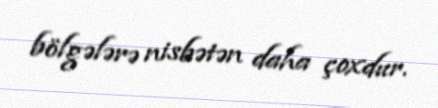
bölgələrə nisbətən daha çoxdur.